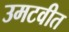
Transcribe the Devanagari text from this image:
उमटवीत